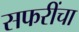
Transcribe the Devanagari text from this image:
सफरींचा